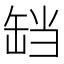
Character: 𬙏